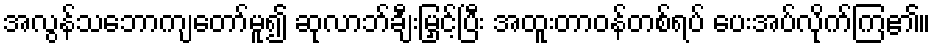
အလွန်သဘောကျတော်မူ၍ ဆုလာဘ်ချီးမြှင့်ပြီး အထူးတာဝန်တစ်ရပ် ပေးအပ်လိုက်ကြ၏။